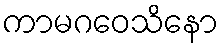
ကာမဂဝေသိနော